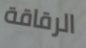
الرقاقة